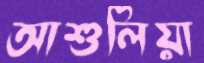
আশুলিয়া